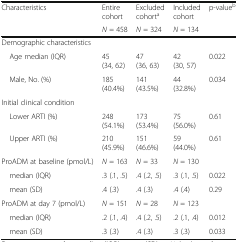
| Characteristics | Entire cohort | Excluded cohorta | Included cohort | p-valueb |
 |  | N = 458 | N = 324 | N = 134 |  |
 | --- | --- | --- | --- | --- |
 | <COLSPAN=5> Demographic characteristics |
 | Age median (IQR) | 45 (34, 62) | 47 (36, 63) | 42 (30, 57) | 0.022 |
 | Male, No. (%) | 185 (40.4%) | 141 (43.5%) | 44 (32.8%) | 0.034 |
 | <COLSPAN=5> Initial clinical condition |
 | Lower ARTI (%) | 248 (54.1%) | 173 (53.4%) | 75 (56.0%) | 0.61 |
 | Upper ARTI (%) | 210 (45.9%) | 151 (46.6%) | 59 (44.0%) | 0.61 |
 | ProADM at baseline (pmol/L) | N = 163 | N = 33 | N = 130 |  |
 | median (IQR) | .3 (.1, .5) | .4 (.2, .5) | .3 (.1, .5) | 0.022 |
 | mean (SD) | .4 (.3) | .4 (.3) | .4 (.4) | 0.29 |
 | ProADM at day 7 (pmol/L) | N = 151 | N = 28 | N = 123 |  |
 | median (IQR) | .2 (.1, .4) | .4 (.2, .5) | .2 (.1, .4) | 0.012 |
 | mean (SD) | .3 (.3) | .4 (.3) | .3 (.3) | 0.033 |